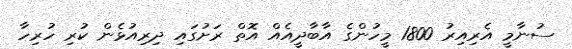
ސުނާމީ އެރިއިރު 1800 މީހުންގެ އާބާދީއެއް އޮތް ރަށުގައި ދިރިއުޅެން ކުރި ހުރިހާ